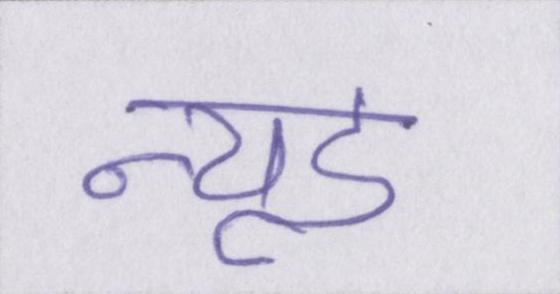
न्यूड